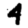
Digit: 4